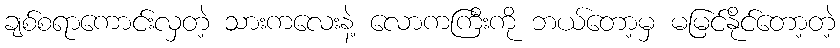
ချစ်စရာကောင်းလှတဲ့ သားကလေးနဲ့ လောကကြီးကို ဘယ်တော့မှ မမြင်နိုင်တော့တဲ့